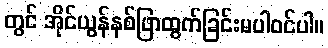
တွင် အိုင်ယွန်နစ်ဖြာထွက်ခြင်းမပါဝင်ပါ။